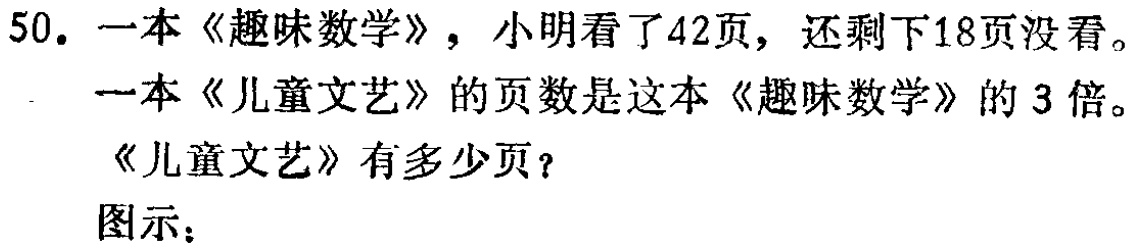
50. 一本《趣味数学》，小明看了42页，还剩下18页没看。

一本《儿童文艺》的页数是这本《趣味数学》的3倍。

《儿童文艺》有多少页？

图示：